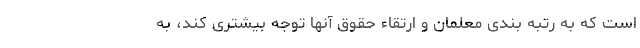
است که به رتبه بندی معلمان و ارتقاء حقوق آنها توجه بیشتری کند، به